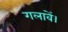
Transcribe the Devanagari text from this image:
गलावें।